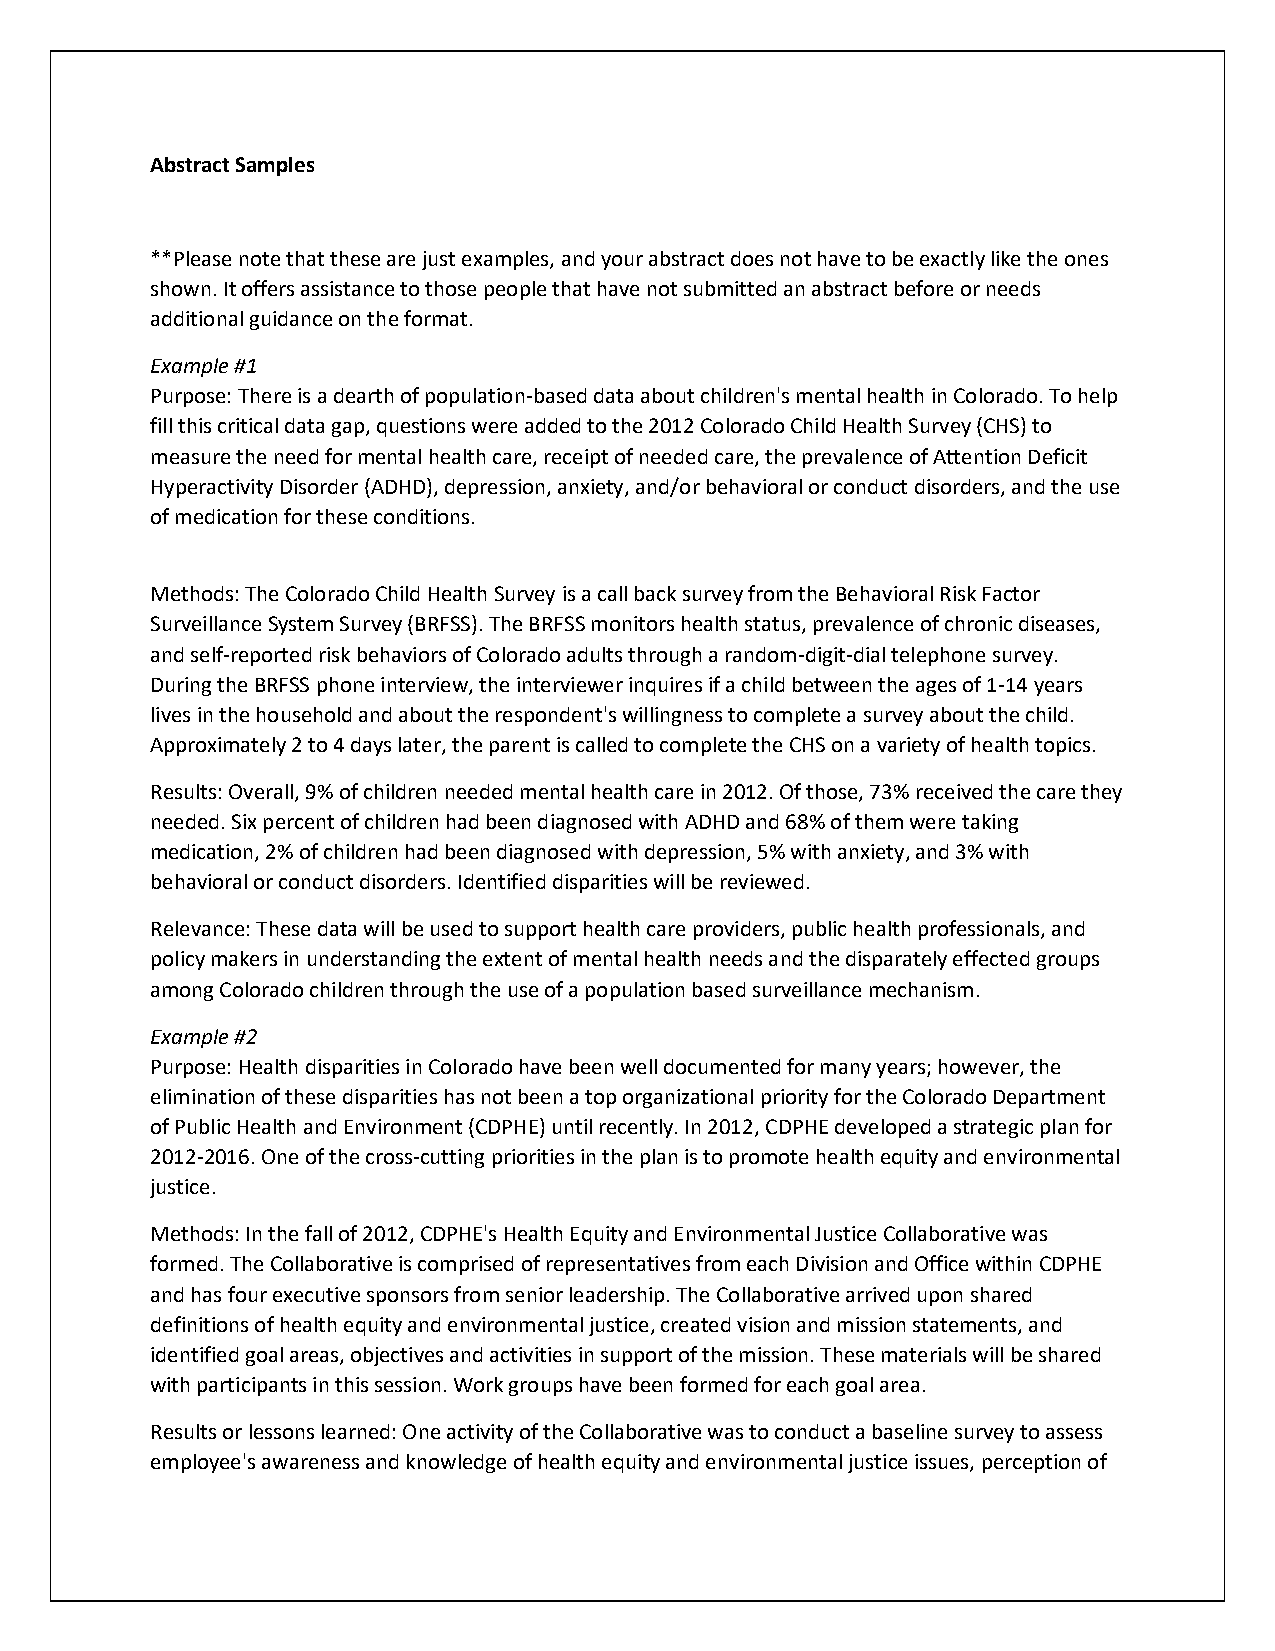
Abstract Samples
 **Please note that these are just examples, and your abstract does not have to be exactly like the ones
 shown. It offers assistance to those people that have not submitted an abstract before or needs
 additional guidance on the format.
 Example #1
 Purpose: There is a dearth of population-based data about children's mental health in Colorado. To help
 fill this critical data gap, questions were added to the 2012 Colorado Child Health Survey (CHS) to
 measure the need for mental health care, receipt of needed care, the prevalence of Attention Deficit
 Hyperactivity Disorder (ADHD), depression, anxiety, and/or behavioral or conduct disorders, and the use
 of medication for these conditions.
 Methods: The Colorado Child Health Survey is a call back survey from the Behavioral Risk Factor
 Surveillance System Survey (BRFSS). The BRFSS monitors health status, prevalence of chronic diseases,
 and self-reported risk behaviors of Colorado adults through a random-digit-dial telephone survey.
 During the BRFSS phone interview, the interviewer inquires if a child between the ages of 1-14 years
 lives in the household and about the respondent's willingness to complete a survey about the child.
 Approximately 2 to 4 days later, the parent is called to complete the CHS on a variety of health topics.
 Results: Overall, 9% of children needed mental health care in 2012. Of those, 73% received the care they
 needed. Six percent of children had been diagnosed with ADHD and 68% of them were taking
 medication, 2% of children had been diagnosed with depression, 5% with anxiety, and 3% with
 behavioral or conduct disorders. Identified disparities will be reviewed.
 Relevance: These data will be used to support health care providers, public health professionals, and
 policy makers in understanding the extent of mental health needs and the disparately effected groups
 among Colorado children through the use of a population based surveillance mechanism.
 Example #2
 Purpose: Health disparities in Colorado have been well documented for many years; however, the
 elimination of these disparities has not been a top organizational priority for the Colorado Department
 of Public Health and Environment (CDPHE) until recently. In 2012, CDPHE developed a strategic plan for
 2012-2016. One of the cross-cutting priorities in the plan is to promote health equity and environmental
 justice.
 Methods: In the fall of 2012, CDPHE's Health Equity and Environmental Justice Collaborative was
 formed. The Collaborative is comprised of representatives from each Division and Office within CDPHE
 and has four executive sponsors from senior leadership. The Collaborative arrived upon shared
 definitions of health equity and environmental justice, created vision and mission statements, and
 identified goal areas, objectives and activities in support of the mission. These materials will be shared
 with participants in this session. Work groups have been formed for each goal area.
 Results or lessons learned: One activity of the Collaborative was to conduct a baseline survey to assess
 employee's awareness and knowledge of health equity and environmental justice issues, perception of